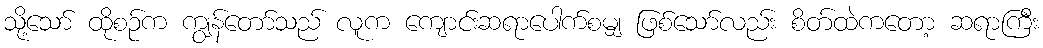
သို့သော် ထိုစဉ်က ကျွန်တော်သည် လူက ကျောင်းဆရာပေါက်စမျှ ဖြစ်သော်လည်း စိတ်ထဲကတော့ ဆရာကြီး